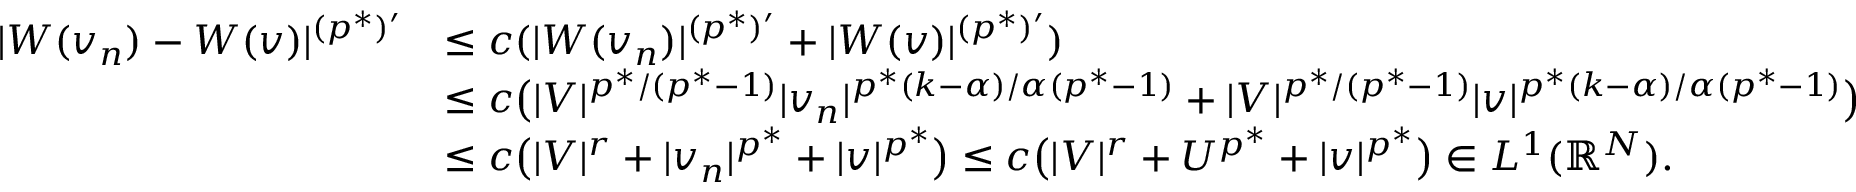
\begin{array} { r l } { | W ( v _ { n } ) - W ( v ) | ^ { ( p ^ { * } ) ^ { \prime } } } & { \le c ( | W ( v _ { n } ) | ^ { ( p ^ { * } ) ^ { \prime } } + | W ( v ) | ^ { ( p ^ { * } ) ^ { \prime } } ) } \\ & { \le c \bigl ( | V | ^ { p ^ { * } / ( p ^ { * } - 1 ) } | v _ { n } | ^ { p ^ { * } ( k - \alpha ) / \alpha ( p ^ { * } - 1 ) } + | V | ^ { p ^ { * } / ( p ^ { * } - 1 ) } | v | ^ { p ^ { * } ( k - \alpha ) / \alpha ( p ^ { * } - 1 ) } \bigr ) } \\ & { \le c \bigl ( | V | ^ { r } + | v _ { n } | ^ { p ^ { * } } + | v | ^ { p ^ { * } } \bigr ) \le c \bigl ( | V | ^ { r } + U ^ { p ^ { * } } + | v | ^ { p ^ { * } } \bigr ) \in L ^ { 1 } ( \mathbb R ^ { N } ) . } \end{array}